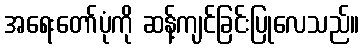
အရေးတော်ပုံကို ဆန့်ကျင်ခြင်းပြုလေသည်။